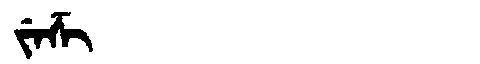
Manchu: ᠵᡝᡯᡳ
Romanization: JEDZI